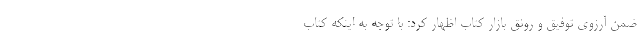
ضمن آرزوی توفیق و رونق بازار کتاب اظهار کرد: با توجه به اینکه کتاب